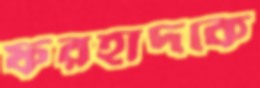
ফরহাদকে